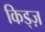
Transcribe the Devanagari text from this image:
किड्ज़